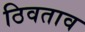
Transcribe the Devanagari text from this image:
ठिवताव